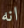
انه